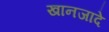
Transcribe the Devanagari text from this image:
खानजादे